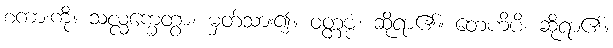
စကားကို။ သလ္လက္ခေတွာ၊ မှတ်သား၍။ ဝတ္တဗ္ဗံ၊ ဆိုရာ၏။ တေဟိပိ၊ ဆိုရာ၏။